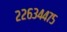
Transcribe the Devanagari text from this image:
२२६३४४७५